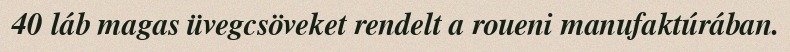
40 láb magas üvegcsöveket rendelt a roueni manufaktúrában.